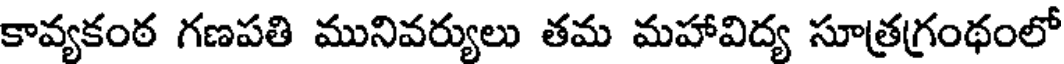
కావ్యకంఠ గణపతి మునివర్యులు తమ మహావిద్య సూత్రగ్రంథంలో